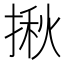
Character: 揪